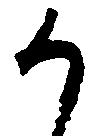
か